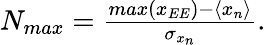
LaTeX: \begin{array}{r}{N_{max}=\frac{max(x_{EE})-\langle x_{n}\rangle}{\sigma_{x_{n}}}.}\end{array}